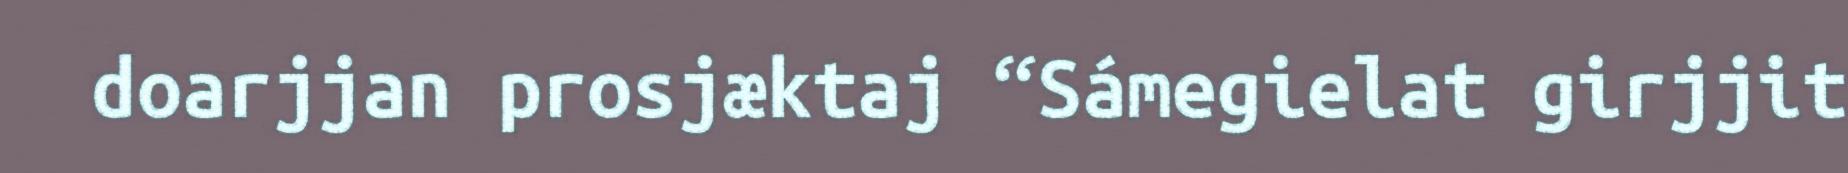
doarjjan prosjæktaj “Sámegielat girjjit